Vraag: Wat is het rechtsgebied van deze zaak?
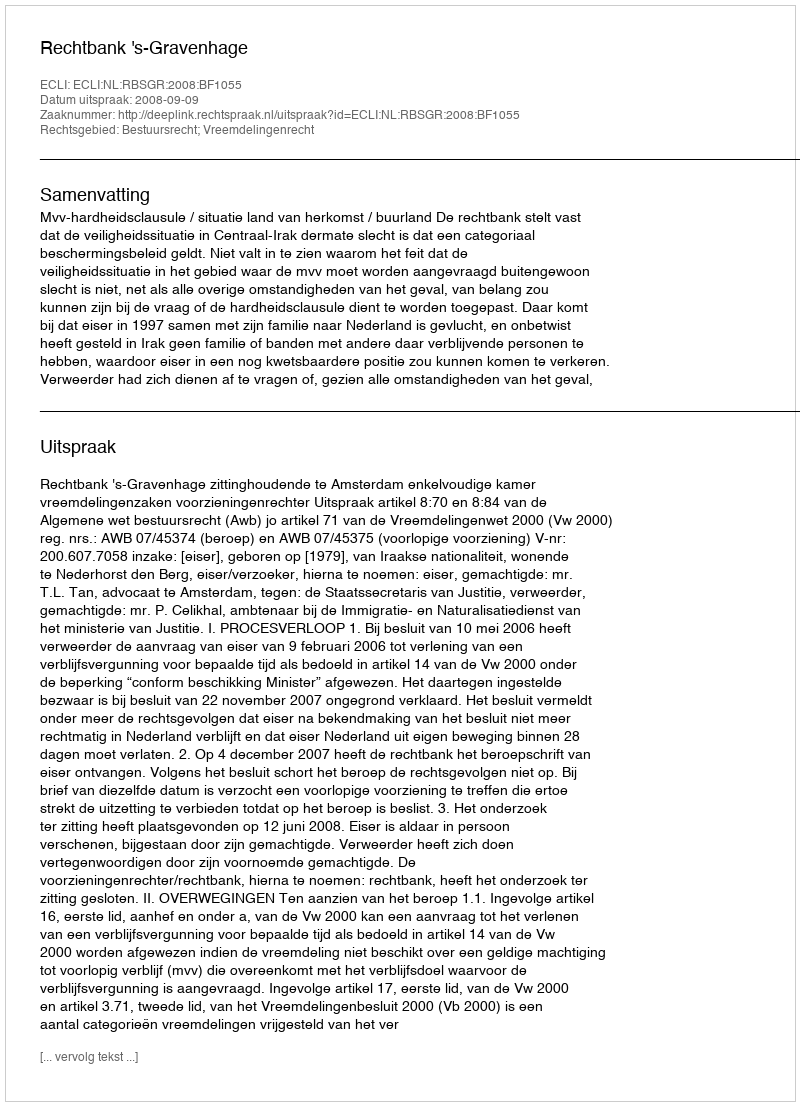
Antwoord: Bestuursrecht; Vreemdelingenrecht